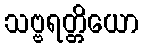
သဗ္ဗရတ္တိယော